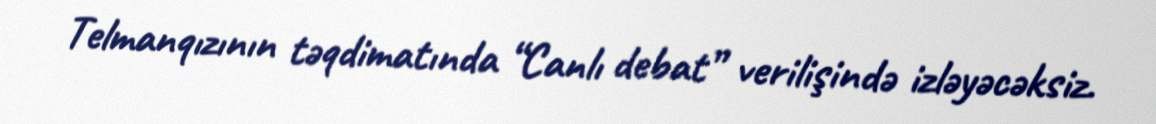
Telmanqızının təqdimatında “Canlı debat” verilişində izləyəcəksiz.